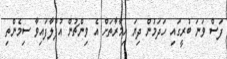
ފަސް ވަނަ ބުރީގައި ހަދަމުން ދިޔަ އިމާރާތަށް އެ ވިންޗުން އުފުލާފައިވާ ސިމެންތި